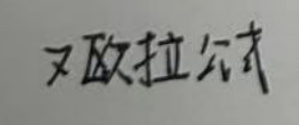
又欧拉公式